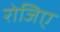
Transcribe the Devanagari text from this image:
रोजिए